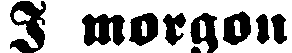
I morgon